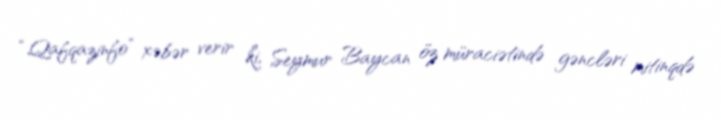
“Qafqazinfo” xəbər verir ki, Seymur Baycan öz müraciətində gəncləri mitinqdə